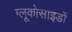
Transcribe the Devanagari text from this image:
ग्लूकोसाइडों